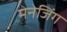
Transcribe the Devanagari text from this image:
मेनेजिंग